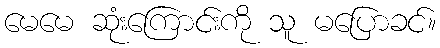
မေမေ ဆုံးကြောင်းကို သူ မပြောခင်။